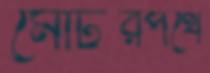
মোটরপথে